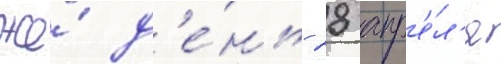
же́ д'е́нь 28 апр'е́л'я